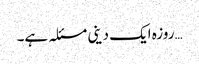
…روزہ ایک دینی مسئلہ ہے۔